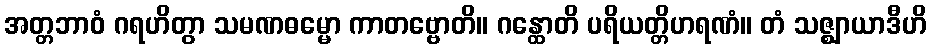
အတ္တဘာဝံ ဂရဟိတွာ သမဏဓမ္မော ကာတဗ္ဗောတိ။ ဂန္ထောတိ ပရိယတ္တိဟရဏံ။ တံ သဇ္ဈာယာဒီဟိ